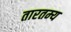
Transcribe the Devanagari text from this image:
तारतम्‍य